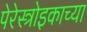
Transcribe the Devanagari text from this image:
पेरेस्त्रोइकाच्या